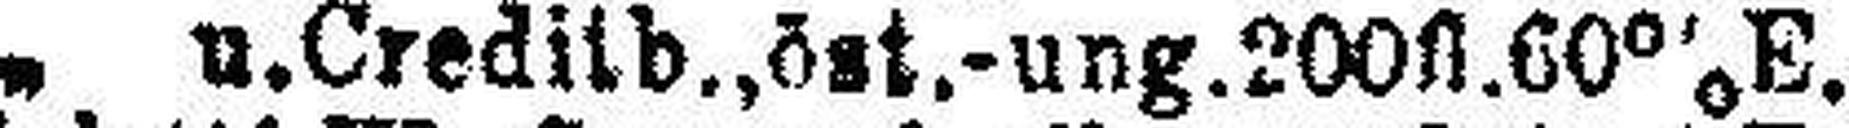
„ u. Creditb., öst.-ung.200fl. 60% E.